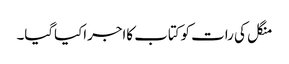
منگل کی رات کوکتاب کااجراکیاگیا۔